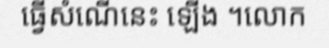
ធ្វើសំណើនេះ ឡើង ។លោក